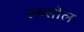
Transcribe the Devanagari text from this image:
ल्य्सोल